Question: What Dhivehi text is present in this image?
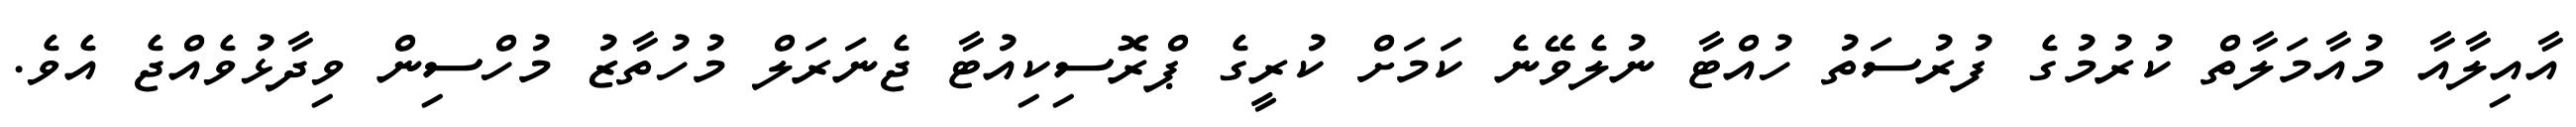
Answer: އާއިލާއާ މުއާމަލާތް ކުރުމުގެ ފުރުސަތު ހުއްޓާ ނުލެވޭނެ ކަމަށް ކުރީގެ ޕްރޮސިކިއުޓާ ޖެނަރަލް މުހުތާޒު މުހްސިން ވިދާޅުވެއްޖެ އެވެ.